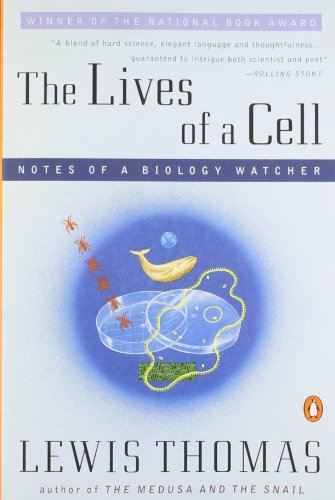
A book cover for Lives of a Cell: Notes of a Biology Watcher; Lewis Thomas; Medical Books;